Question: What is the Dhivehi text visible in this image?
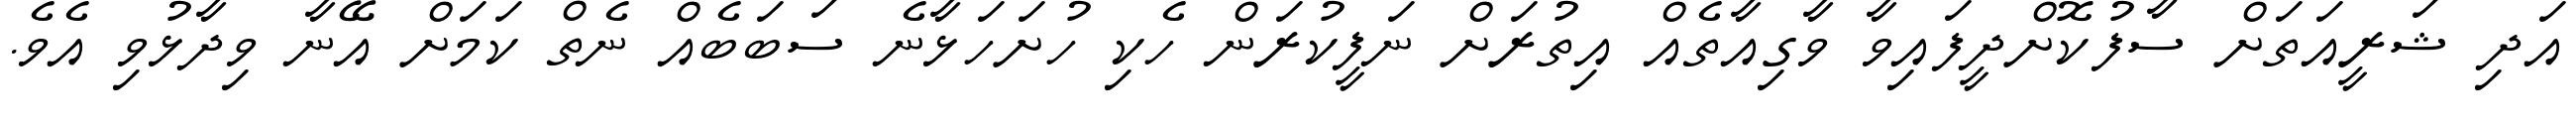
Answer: އަދި ޝަރީއަތަށް ސާފުކޮށްދީފައިވާ ވާގިއާތެއް އިތުރަށް ނަފީކުރަން ހެކި ހުށަހަޅާނެ ސަބަބެއް ނެތް ކަމަށް އޭނާ ވިދާޅުވި އެވެ.